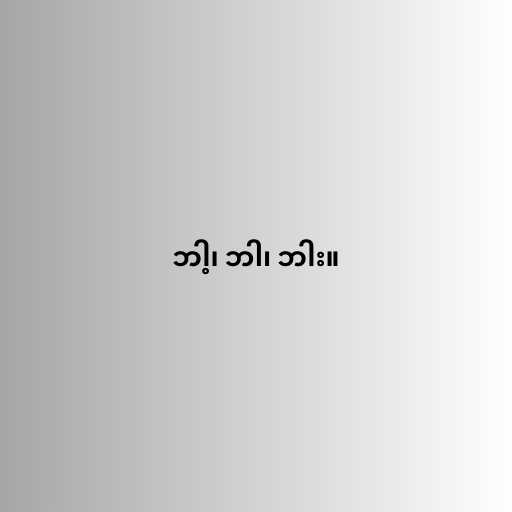
ဘါ့၊ ဘါ၊ ဘါး။